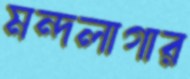
মন্দলাগার